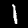
Digit: 1